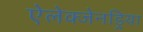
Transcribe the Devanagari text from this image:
ऐलेक्जेनड्रिया